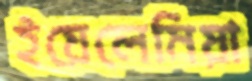
ইয়েলেমিয়া